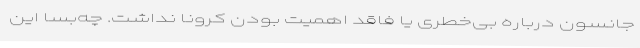
جانسون درباره بی‌خطری یا فاقد اهمیت بودن کرونا نداشت. چه‌بسا این